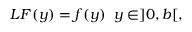
L F ( y ) = f ( y ) \; \; y \in ] 0 , b [ ,